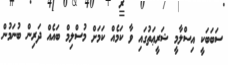
ސަބަބަކީ އިސްލާމީ ޝަރީޢަތުގައި ވާ ކަމެއް ކަމަށް މުސްލިމް ބައެއް ދަރިން ބުނަމުން